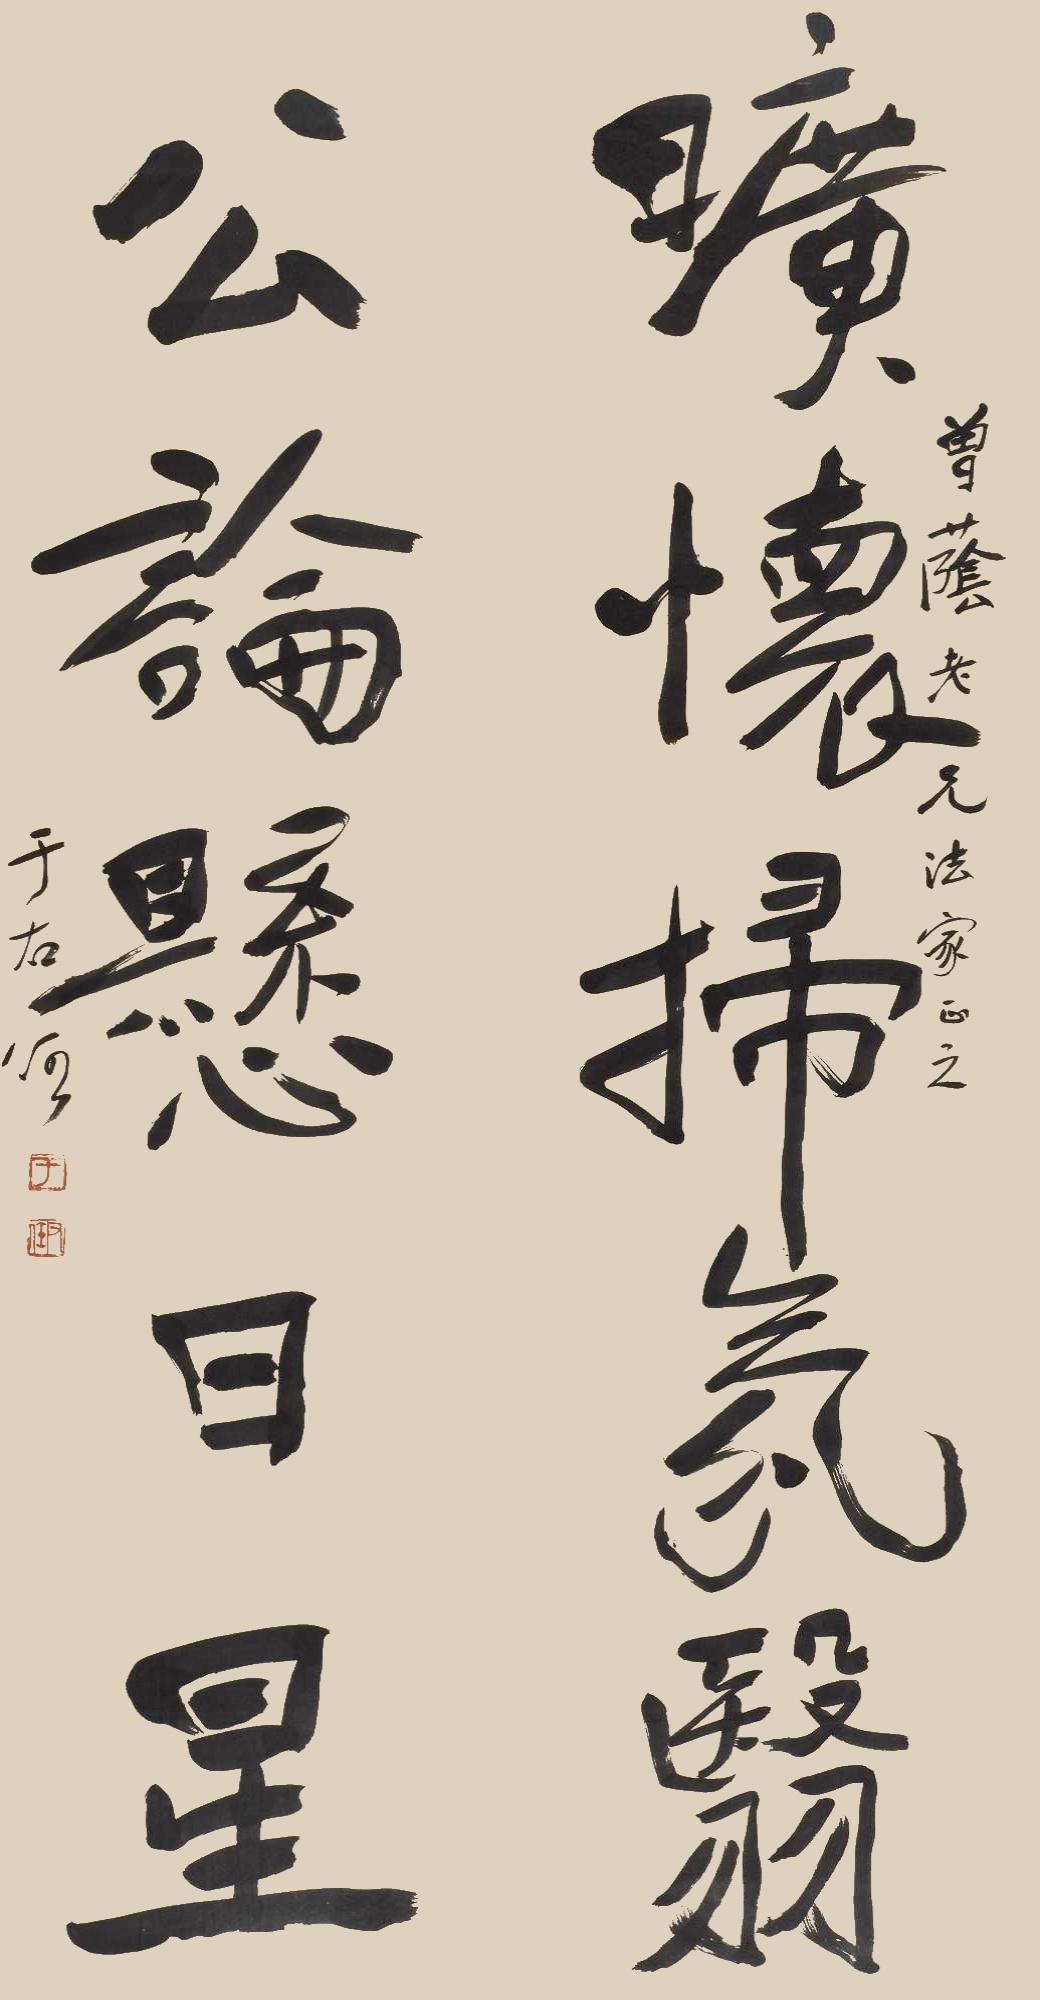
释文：旷怀扫氛翳，公论悬日星。曾荫老兄法家正之，于右任。